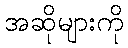
အဆိုများကို